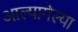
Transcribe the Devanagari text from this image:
आल्यागेल्या